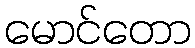
မောင်တော